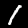
Label: 1